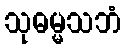
သုဓမ္မသဘံ